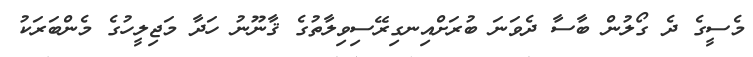
މެސީގެ ދެ ގޯލުން ބާސާ ދެވަނަ ބުރަށްއިނގިރޭސިވިލާތުގެ ޤާނޫނު ހަދާ މަޖިލީހުގެ މެންބަރަކު